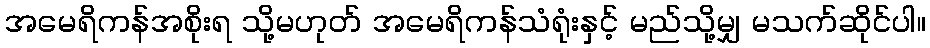
အမေရိကန်အစိုးရ သို့မဟုတ် အမေရိကန်သံရုံးနှင့် မည်သို့မျှ မသက်ဆိုင်ပါ။